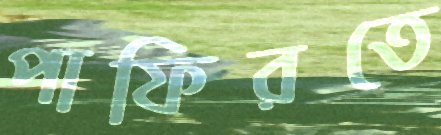
পাফিরতে